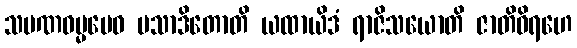
သမဏဓမ္မမေဝ ပသာဒိတောတိ ယထာယိဒံ ရာဇိသယောတိ ဇာတိဝိရဟေ